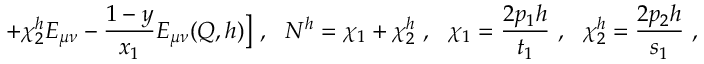
+ \chi _ { 2 } ^ { h } E _ { \mu \nu } - \frac { 1 - y } { x _ { 1 } } E _ { \mu \nu } ( Q , h ) \bigr ] \ , \ \ N ^ { h } = \chi _ { 1 } + \chi _ { 2 } ^ { h } \ , \ \ \chi _ { 1 } = \frac { 2 p _ { 1 } h } { t _ { 1 } } \ , \ \ \chi _ { 2 } ^ { h } = \frac { 2 p _ { 2 } h } { s _ { 1 } } \ ,